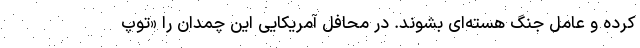
کرده و عامل جنگ هسته‌ای بشوند. در محافل آمریکایی این چمدان را «توپ